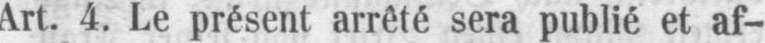
Art. 4. Le présent arrêté sera publié et af-